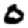
Digit: 0